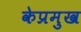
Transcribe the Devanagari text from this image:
केप्रमुख